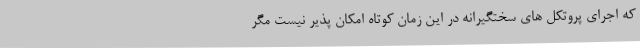
که اجرای پروتکل های سختگیرانه در این زمان کوتاه امکان پذیر نیست مگر